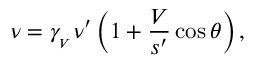
\nu = \gamma _ { _ { V } } \nu ^ { \prime } \left( 1 + { \frac { V } { s ^ { \prime } } } \cos \theta \right) ,